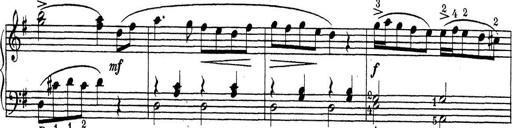
Title: ÄŒeskÃ© Sonatiny
Composer: Various